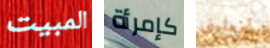
المبيت كإمرأة تجعلينى